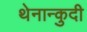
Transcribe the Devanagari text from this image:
थेनान्कुदी